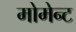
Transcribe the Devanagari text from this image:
मोमेन्ट